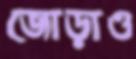
জোড়াও